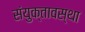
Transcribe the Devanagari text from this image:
संयुक्तावस्था